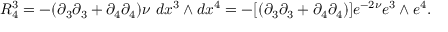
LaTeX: R _ { 4 } ^ { 3 } = - ( \partial _ { 3 } \partial _ { 3 } + \partial _ { 4 } \partial _ { 4 } ) \nu ~ d x ^ { 3 } \wedge d x ^ { 4 } = - [ ( \partial _ { 3 } \partial _ { 3 } + \partial _ { 4 } \partial _ { 4 } ) ] e ^ { - 2 \nu } e ^ { 3 } \wedge e ^ { 4 } .